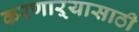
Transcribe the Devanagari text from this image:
करणाऱ्यासाठी